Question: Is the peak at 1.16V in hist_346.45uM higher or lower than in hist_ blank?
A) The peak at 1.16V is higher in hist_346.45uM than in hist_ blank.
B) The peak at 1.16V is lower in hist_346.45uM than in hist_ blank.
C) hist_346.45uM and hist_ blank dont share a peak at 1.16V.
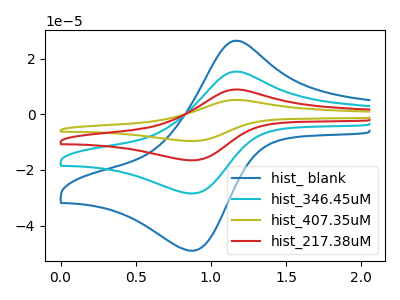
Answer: <think>The blue curve "hist_ blank" has an anodic peak at (1.15V, 26.45uA) and a cathodic peak at (0.85V, -49.00uA). The cyan curve "hist_346.45uM" has an anodic peak at (1.15V, 15.35uA) and a cathodic peak at (0.85V, -28.45uA). The olive curve "hist_407.35uM" has an anodic peak at (1.15V, 46.10uA) and a cathodic peak at (0.85V, -85.40uA). The red curve "hist_217.38uM" has an anodic peak at (1.15V, 30.70uA) and a cathodic peak at (0.85V, -56.90uA).</think>
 <answer>B) The peak at 1.16V is lower in "hist_346.45uM" than in "hist_ blank".</answer>
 <eval>B</eval>